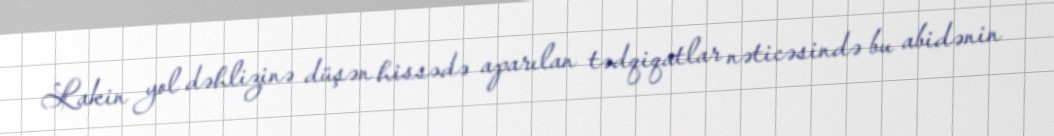
Lakin yol dəhlizinə düşən hissədə aparılan tədqiqatlar nəticəsində bu abidənin